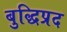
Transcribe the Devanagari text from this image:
बुद्धिप्रद